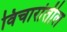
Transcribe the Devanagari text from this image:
विचारांतील